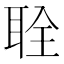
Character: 𫆂